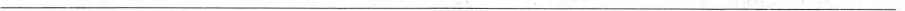
___